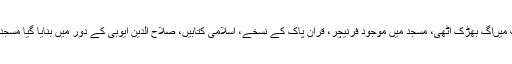
آتش گیر مادہ چھڑکنے کے ساتھ ہی مسجد کے مختلف اطراف میںآگ بھڑک اٹھی، مسجد میں موجود فرنیچر، قرآن پاک کے نسخے، اسلامی کتابیں، صلاح الدین ایوبی کے دور میں بنایا گیا مسجد کا منبر[ جو شام کےحلب شہر سے سنہ 1187ءمیں لایا گیا۔